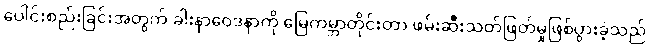
ပေါင်းစည်းခြင်းအတွက် ခါးနာဝေဒနာကို မြေကမ္ဘာတိုင်းတာ ဖမ်းဆီးသတ်ဖြတ်မှုဖြစ်ပွားခဲ့သည်